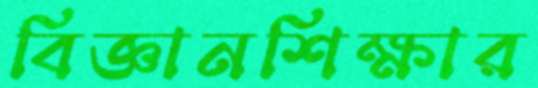
বিজ্ঞানশিক্ষার